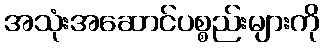
အသုံးအဆောင်ပစ္စည်းများကို